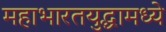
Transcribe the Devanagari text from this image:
महाभारतयुद्धामध्ये